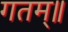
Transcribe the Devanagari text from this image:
गतम्॥